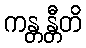
ကန္တန္တီတိ